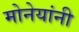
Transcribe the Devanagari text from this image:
मोनेयांनी